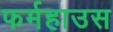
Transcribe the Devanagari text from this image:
फर्महाउस